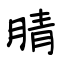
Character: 腈